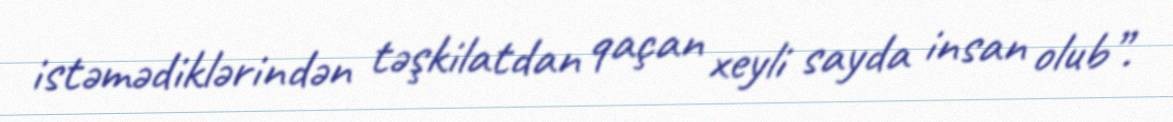
istəmədiklərindən təşkilatdan qaçan xeyli sayda insan olub”.